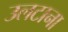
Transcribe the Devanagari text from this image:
उलटाना